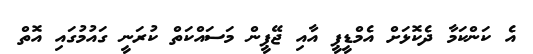
އެ ކަންކަމާ ދެކޮޅަށް އެމްޑީޕީ އާއި ޖޭޕީން މަސައްކަތް ކުރަނީ ގަައުމުގައި އޮތް